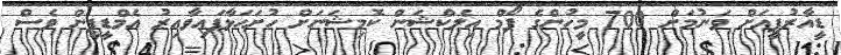
ޑީއާރުޕީއަށް ވަނުމަށް 700 މީހުންގެ ފޯމް އިލެކްޝަން ކޮމިޝަނަށް ހުށަހަޅާފައިވާއިރު އެމްޑީޕީން ވެސް